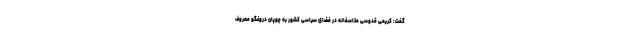
گفت: کریمی قدوسی متاسفانه در فضای سیاسی کشور به چوپان دروغگو معروف